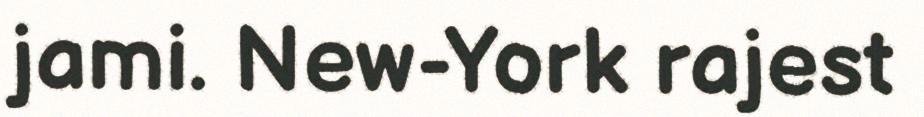
jami. New-York rajest